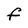
Character: F